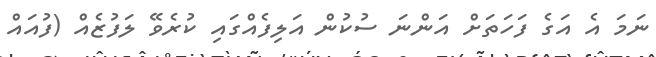
ނަމަ އެ އަގެ ފަހަތަށް އަންނަ ސުކުން އަލިފެއްގައި ކުރެވޭ ލަފުޒެއް (ފުއައް